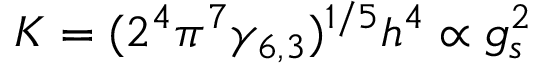
K = ( 2 ^ { 4 } \pi ^ { 7 } \gamma _ { 6 , 3 } ) ^ { 1 / 5 } h ^ { 4 } \propto g _ { s } ^ { 2 }